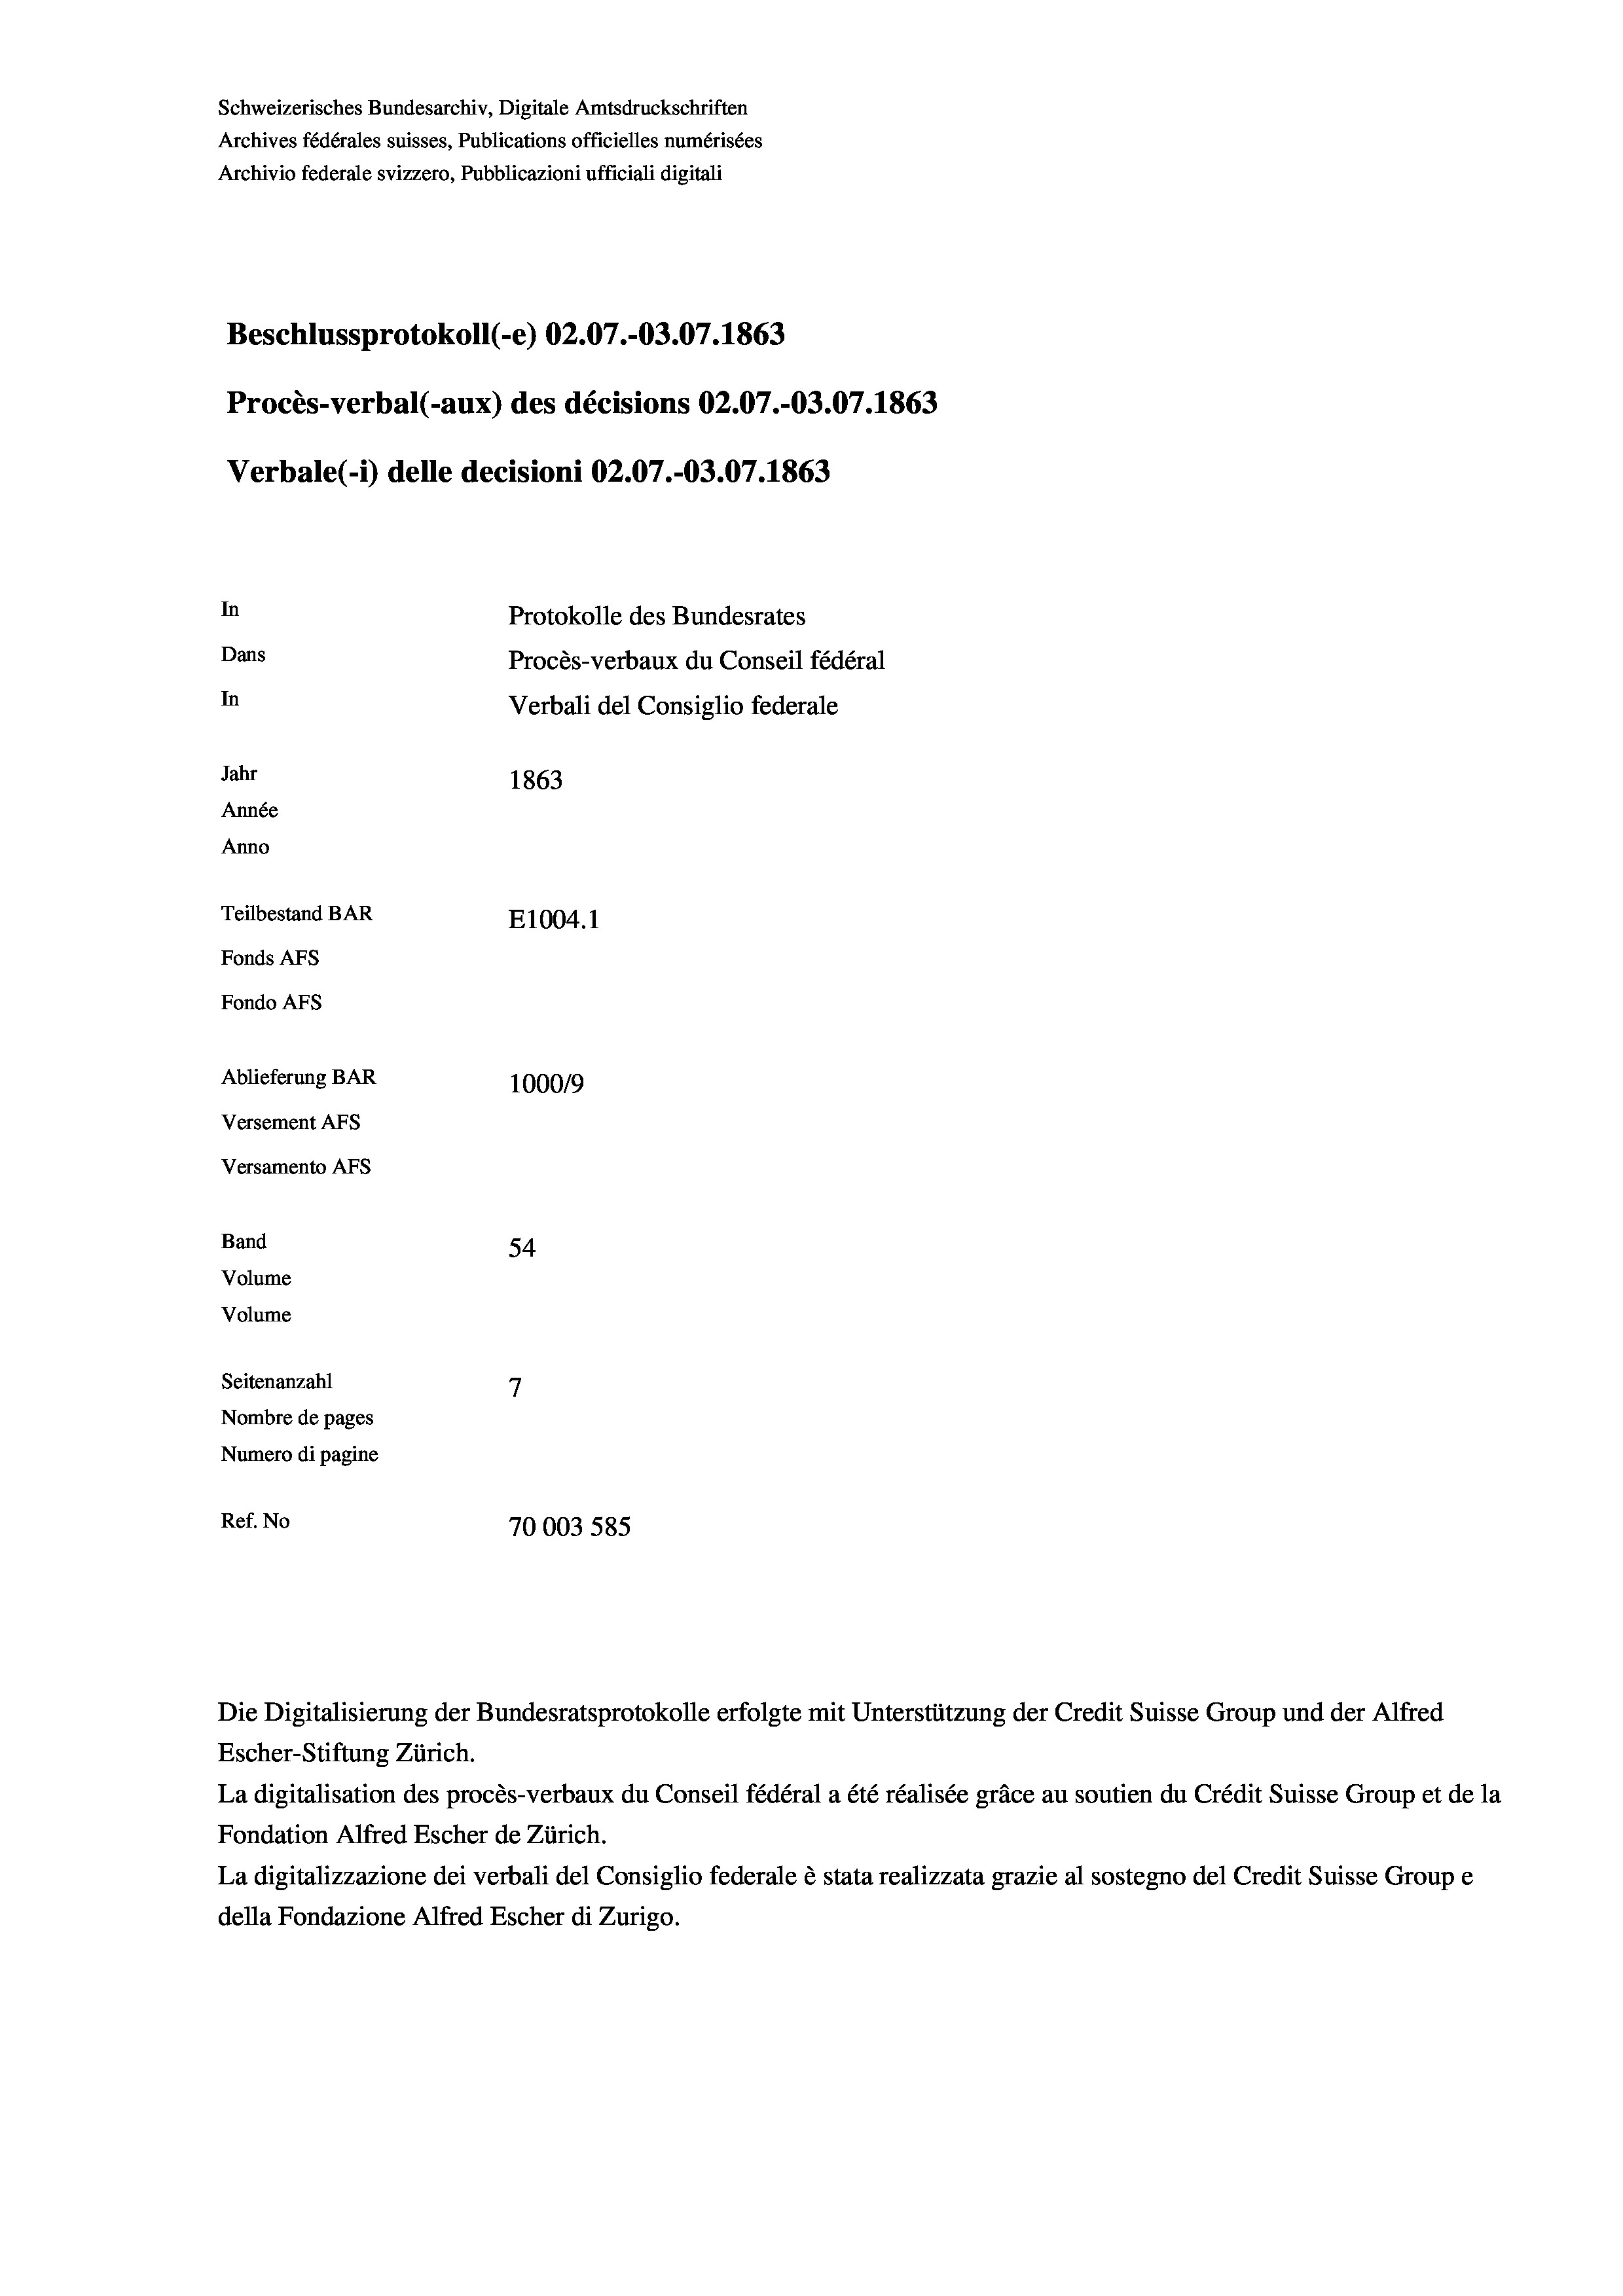
Schweizerisches Bundesarchiv, Digitale Amtsdruckschriften
Archives fédérales suisses, Publications officielles numérisées
Archivio federale svizzero, Pubblicazioni ufficiali digitali
Beschlussprotokoll (-e) 02.07.-O3.07. 1863
Procès-verbal (-aux) des décisions 02.07.-03.07. 1863
Verbale(*) delle decisioni 02.07.-03.07. 1863
In
Protokolle des Bundesrates
Dans
Procès-verbaux du Conseil fédéral
In
Verbali del Consiglio federale
Jahr
1863
Année
Anno
Teilbestand BAR
E1004.1
Fonds AFs
Fondo AFS
Ablieferung BAR
1000/9
Versement AFs
Versamento Afs
Band
54
Volume
Volume

7
Seitenanzahl
Nombre de pages
Numero di pagine
Ref. No
70003 585

Escher-Stiftung Zürich.
La digitalisation des procès-verbaux du Conseil fédéral a été réalisée gräce au soutien du Crédit Suisse Group et de la
Fondation Alfred Escher de Zürich.
La digitalizzazione dei verbali del Consiglio federale è stata realizzata grazie al sostegno del Credit Suisse Groupe
della Fondazione Alfred Escher di Zurigo.

Die Digitalisierung der Bundesratsprotokolle erfolgte mit Unterstützung der Credit Suisse Group und der Alfred